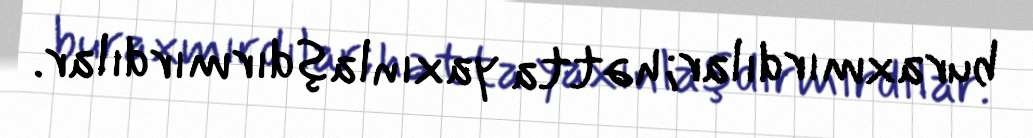
buraxmırdılar; hətta yaxınlaşdırmırdılar.